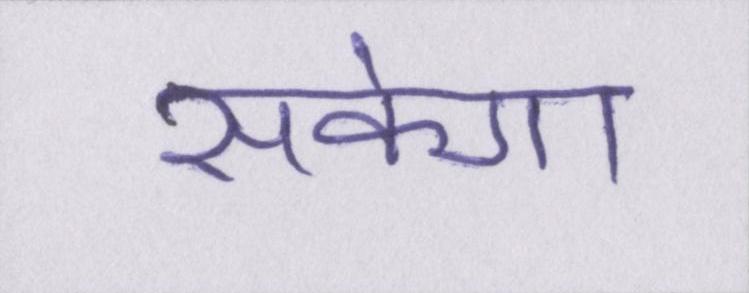
सकेगा